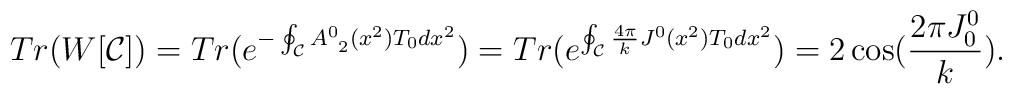
Tr(W[{\cal C}])=Tr(e^{-\oint_{\cal C} A_{\ 2}^0(x^2)T_0dx^2})=Tr(e^{\oint_{\cal C} \frac{4\pi}{k}J^0(x^2)T_0dx^2})=2\cos({\frac{2\pi J^0_0}{k}}).